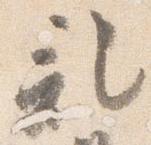
記